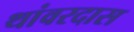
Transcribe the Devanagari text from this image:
थांवरदास